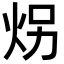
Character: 𪸝